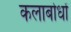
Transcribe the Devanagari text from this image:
कलाबोधों